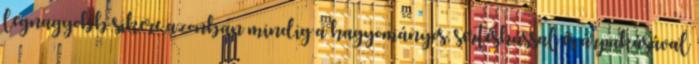
legnagyobb sikere azonban mindig a hagyományos, sertéshússal és árpakásával